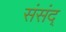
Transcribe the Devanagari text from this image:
संसंद्